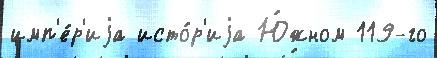
имп'е́р'иjа исто́р'иjа Ю́жном 119-го